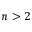
n > 2